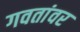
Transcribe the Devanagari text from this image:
गवतांवर